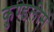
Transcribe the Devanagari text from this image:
कुण्डलीमें